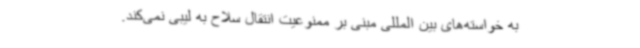
به خواسته‌های بین المللی مبنی بر ممنوعیت انتقال سلاح به لیبی نمی‌کند.